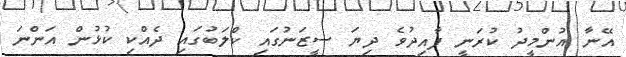
އޭނާ އުންމީދު ކުރަނީ ފާއިދުވެ ދިޔަ ސީޒަނުގައި ކްލަބުގައި ދެއްކި ކުޅުން އަންނަ